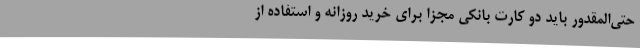
حتی‌المقدور باید دو کارت بانکی مجزا برای خرید روزانه و استفاده از